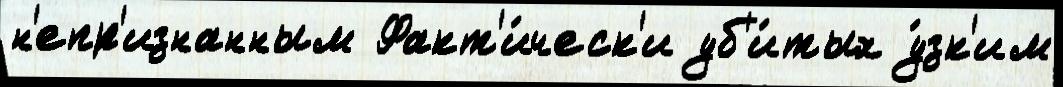
н'епр'изнанным Факт'и́ческ'и уб'и́тых у́зк'им